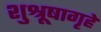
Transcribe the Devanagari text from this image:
शुश्रूषागृहे